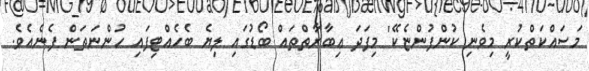
މަސައްކަތްކުރީ މިވެނި ކުންފުންޏެކޭ' މިފަދަ ޢިބާރާތްތައް ބޯޑުގައި ލިޔެ ބެހެއްޓިފައި ހުންނަތަން ފެނެއެވެ.